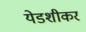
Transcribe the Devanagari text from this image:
येडशीकर